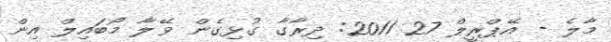
މާލެ - އޭޕްރީލް 27 2011: ދިރާގާ ގުޅިގެން ވޭލާ މޯބައިލް އިން